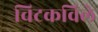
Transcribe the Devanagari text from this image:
चिटकविले